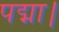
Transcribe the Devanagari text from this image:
पद्मा।